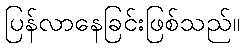
ပြန်လာနေခြင်းဖြစ်သည်။